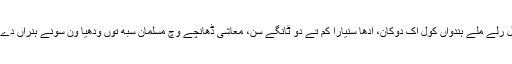
سِکھاں نال رلے مِلے ہِندواں کول اک دُوکان، ادھا سُنیارا کم تے دو ٹانگے سن، معاشی ڈھانچے وچ مُسلمان سبھ توں ودھیا ون سونّے ہُنراں دے ماہِر سن۔